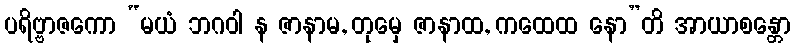
ပရိဗ္ဗာဇကော “မယံ ဘဂဝါ န ဇာနာမ, တုမှေ ဇာနာထ, ကထေထ နော”တိ အာယာစန္တော